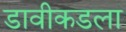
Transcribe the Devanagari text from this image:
डावीकडला